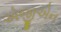
એજીએન